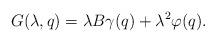
LaTeX: \begin{align*}G(\lambda,q)=\lambda B\gamma(q)+\lambda^{2}\varphi(q).\end{align*}